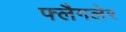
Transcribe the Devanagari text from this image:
फ्लैगलेर